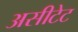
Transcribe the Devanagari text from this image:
असीटेट